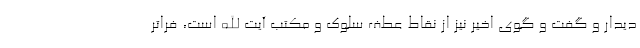
دیدار و گفت و گوی اخیر نیز از نقاط عطف سلوک و مکتب آیت الله است، فراتر